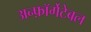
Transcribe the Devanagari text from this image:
अन्फ़ॉर्गेटेबल